Scientific memoirs by medical officers of the Army of India - Part II,
Year: 1886
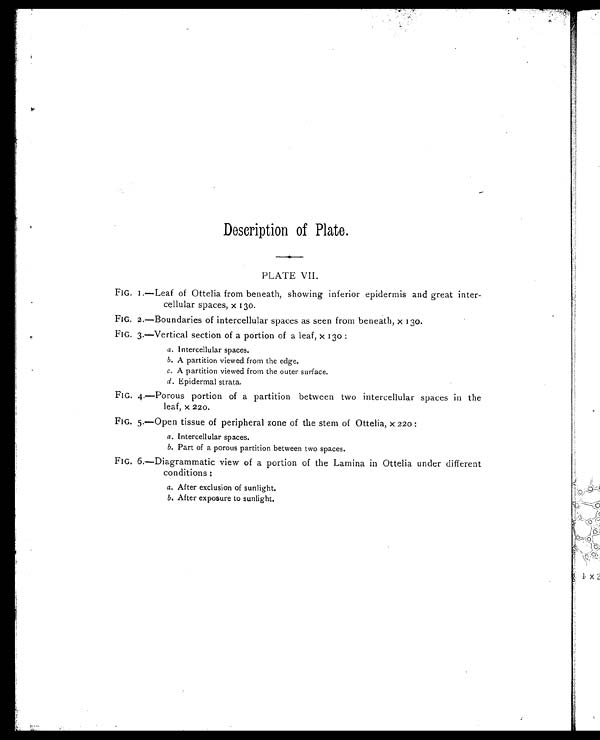
Description of Plate.
PLATE VII.
FIG. 1.—Leaf of Ottelia from beneath, showing inferior epidermis and great inter-
cellular spaces, x 130.
FIG. 2.—Boundaries of intercellular spaces as seen from beneath, x 130.
FIG. 3.—Vertical section of a portion of a leaf, x 130 :
a.Intercellular spaces.
b.A partition viewed from the edge.
c.A partition viewed from the outer surface.
d. Epidermal strata.
FIG. 4.—Porous portion of a partition between two intercellular spaces in the
leaf, x 220.
FIG. 5.—Open tissue of peripheral zone of the stem of Ottelia, x 220 :
a.Intercellular spaces.
b.Part of a porous partition between two spaces.
FIG. 6.—Diagrammatic view of a portion of the Lamina in Ottelia under different
conditions :
a.After exclusion of sunlight.
b.After exposure to sunlight.